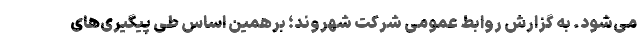
می‌شود. به گزارش روابط عمومی شرکت شهروند؛ برهمین اساس طی پیگیری‌های